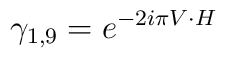
\gamma _{1,9}= e^{-2i\pi V \cdot H }